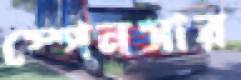
স্পেনসার